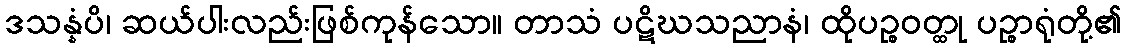
ဒသန္နံပိ၊ ဆယ်ပါးလည်းဖြစ်ကုန်သော။ တာသံ ပဋိဃသညာနံ၊ ထိုပဉ္စဝတ္ထု ပဉ္စာရုံတို့၏